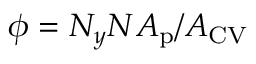
\phi = N _ { y } N A _ { \mathrm { { p } } } / A _ { \mathrm { { C V } } }